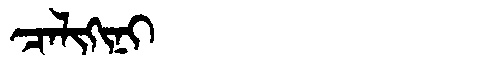
Manchu: ᠴᠠᠯᡳᡴᡳᠨᡳ
Romanization: CALIKINI